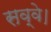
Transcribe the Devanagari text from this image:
सव्वे।